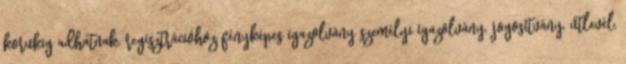
korukig adhatnak. regisztrációhoz fényképes igazolvány személyi igazolvány, jogosítvány, útlevél,